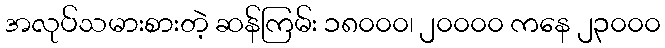
အလုပ်သမားစားတဲ့ ဆန်ကြမ်း ၁၈၀၀၀၊ ၂၀၀၀၀ ကနေ ၂၃၀၀၀